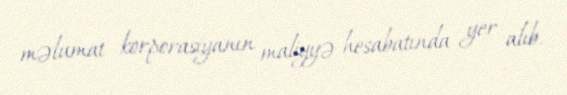
məlumat korporasiyanın maliyyə hesabatında yer alıb.